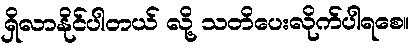
ရှိလာနိုင်ပါတယ် လို့ သတိပေးလိုက်ပါရစေ။